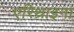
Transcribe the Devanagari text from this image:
एरिथ्राइना